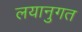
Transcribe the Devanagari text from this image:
लयानुगत